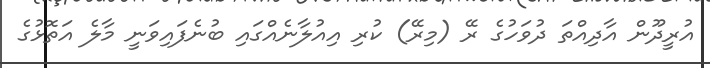
އުރީދޫން އާދިއްތަ ދުވަހުގެ ރޭ (މިރޭ) ކުރި އިއުލާނެއްގައި ބުނެފައިވަނީ މާލެ އަތޮޅުގެ